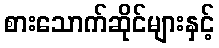
စားသောက်ဆိုင်များနှင့်